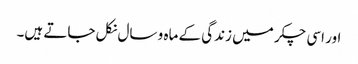
اور اسی چکر میں زندگی کے ماہ و سال نکل جاتے ہیں۔